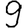
Digit: 9